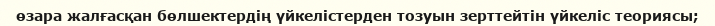
өзара жалғасқан бөлшектердің үйкелістерден тозуын зерттейтін үйкеліс теориясы;